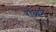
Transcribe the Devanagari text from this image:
रॉब्‍बन